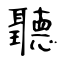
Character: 聽